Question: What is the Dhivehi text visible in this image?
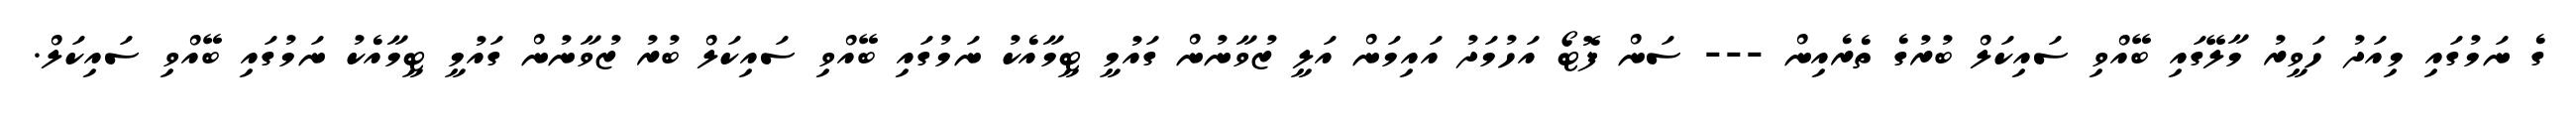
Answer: ގެ ނަމުގައި މިއަދު ހަވީރު މާލޭގައި ބޭއްވި ސައިކަލް ބުރުގެ ތެރެއިން --- ސަން ފޮޓޯ އަހުމަދު އައިމަން އަލީ ޒުވާނުން ގައުމީ ޓީމާއެކު ނަމުގައި ބޭއްވި ސައިކަލް ބުރު ޒުވާނުން ގައުމީ ޓީމާއެކު ނަމުގައި ބޭއްވި ސައިކަލް.